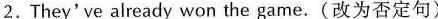
2.They've already won the game.(改为否定句)